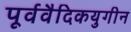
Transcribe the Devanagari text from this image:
पूर्ववैदिकयुगीन